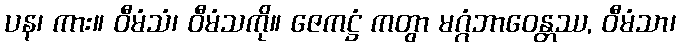
ပန၊ ကား။ ဝီမံသံ၊ ဝီမံသကို။ ဇေကဋ္ဌံ ကတွာ မဂ္ဂံဘာဝေန္တဿ, ဝီမံသာ၊